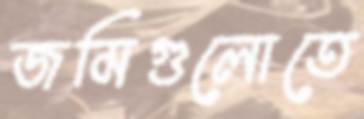
জমিগুলোতে